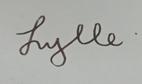
Signature authenticity: genuine